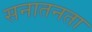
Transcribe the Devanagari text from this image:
सनातनता